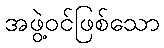
အဖွဲ့ဝင်ဖြစ်သော